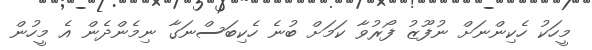
މީހަކު ހެކިންނަށް ނުފޫޒު ފޯރުވާ ކަމަށް ބުނެ ހެކިބަސްނަގާ ނިމެންދެން އެ މީހުން